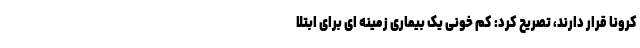
کرونا قرار دارند، تصریح کرد: کم خونی یک بیماری زمینه ای برای ابتلا